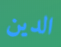
الدين